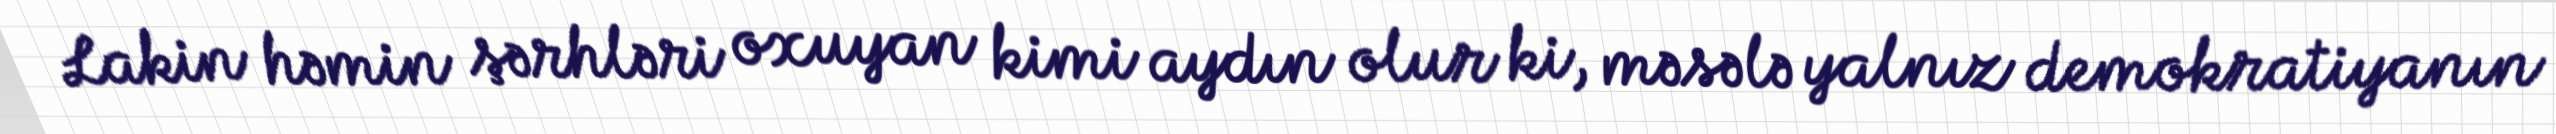
Lakin həmin şərhləri oxuyan kimi aydın olur ki, məsələ yalnız demokratiyanın